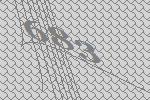
683